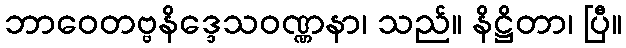
ဘာဝေတဗ္ဗနိဒ္ဒေသဝဏ္ဏနာ၊ သည်။ နိဋ္ဌိတာ၊ ပြီ။